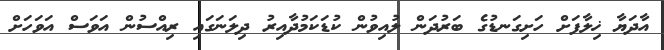
އާދަޔާ ޚިލާފަށް ހަށިގަނޑުގެ ބަރުދަން ލުއިވުން ކުޑަކަމުދާއިރު ދިލަނަގައި ރިއްސުން އަވަސް އަވަހަށް